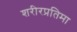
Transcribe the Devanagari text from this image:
शरीरप्रतिमा